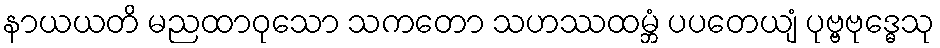
နာယယတိ မညထာဝုသော သကတော သဟဿထမ္ဘံ ပပတေယျံ ပုဗ္ဗဗုဒ္ဓေသု